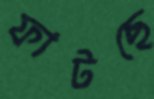
ফাটছে